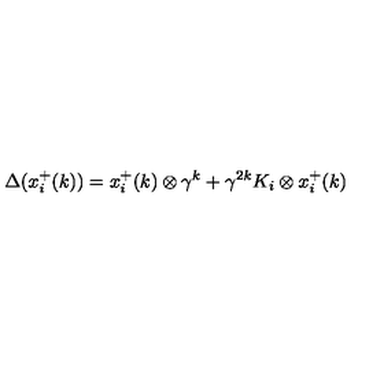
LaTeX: \Delta ( x _ { i } ^ { + } ( k ) ) = x _ { i } ^ { + } ( k ) \otimes \gamma ^ { k } + \gamma ^ { 2 k } K _ { i } \otimes x _ { i } ^ { + } ( k )